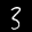
Label: 3